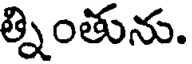
త్నింతును.